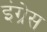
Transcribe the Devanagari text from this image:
इंग्रेस